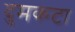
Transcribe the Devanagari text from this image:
दुमकटा